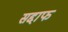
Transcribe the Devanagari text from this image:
सद्दाफ